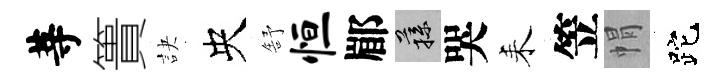
䓁簣訣央舒恒郿蓀哭耒笠㡌跎